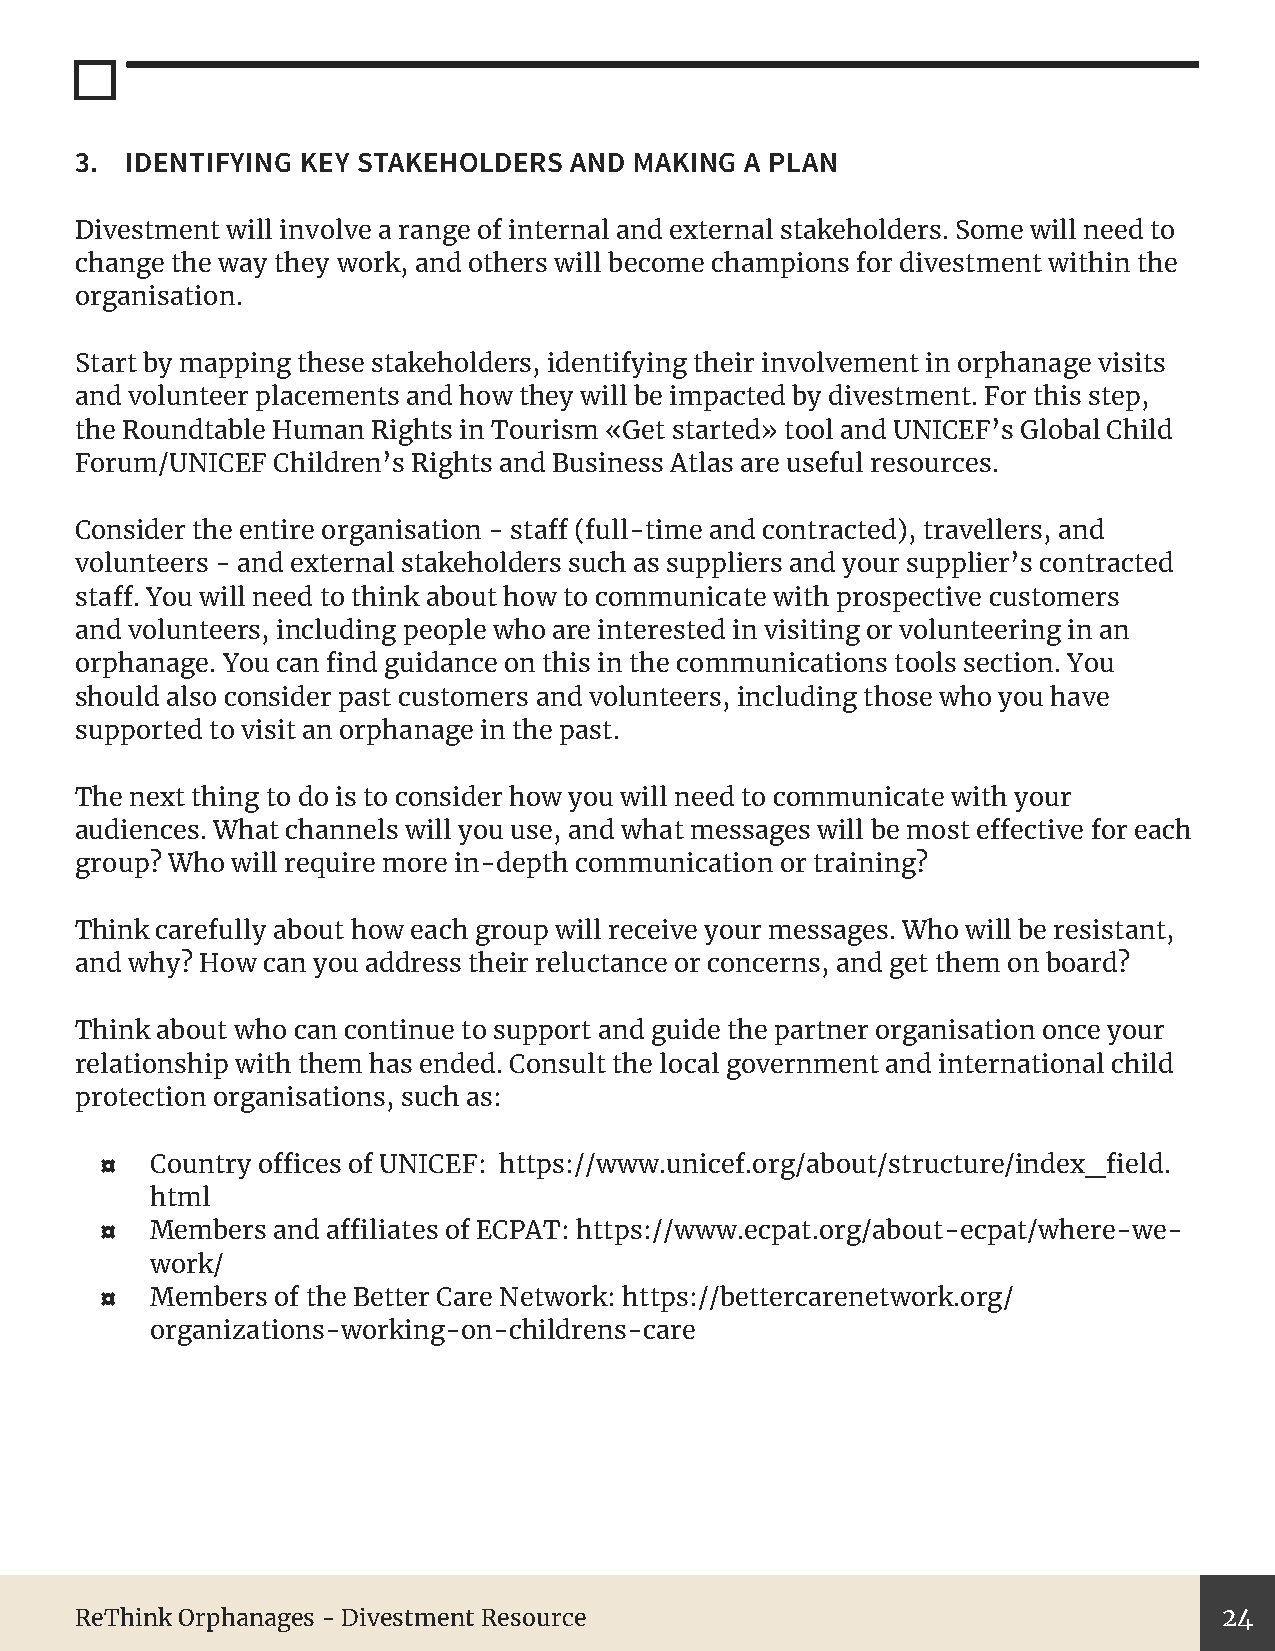
3. IDENTIFYING KEY STAKEHOLDERS  AND MAKING A PLAN
 Divestment will involve a range of internal and external stakeholders. Some will need to
 change the way they work, and others will become champions for divestment within the
 organisation.
 Start by mapping these stakeholders, identifying their involvement in orphanage visits
 and volunteer placements and how they will be impacted by divestment. For this step,
 the Roundtable Human Rights in Tourism «Get started» tool and UNICEF’s Global Child
 Forum/UNICEF Children’s Rights and Business Atlas are useful resources.
 Consider the entire organisation - staff (full-time and contracted), travellers, and
 volunteers - and external stakeholders such as suppliers and your supplier’s contracted
 staff. You will need to think about how to communicate with prospective customers
 and volunteers, including people who are interested in visiting or volunteering in an
 orphanage. You can find guidance on this in the communications tools section. You
 should also consider past customers and volunteers, including those who you have
 supported to visit an orphanage in the past.
 The next thing to do is to consider how you will need to communicate with your
 audiences. What channels will you use, and what messages will be most effective for each
 group? Who will require more in-depth communication or training?
 Think carefully about how each group will receive your messages. Who will be resistant,
 and why? How can you address their reluctance or concerns, and get them on board?
 Think about who can continue to support and guide the partner organisation once your
 relationship with them has ended. Consult the local government and international child
 protection organisations, such as:
 ¤  Country offices of UNICEF: https://www.unicef.org/about/structure/index_field.
 html
 ¤  Members and affiliates of ECPAT: https://www.ecpat.org/about-ecpat/where-we-
 work/
 ¤  Members of the Better Care Network: https://bettercarenetwork.org/
 organizations-working-on-childrens-care
 ReThink Orphanages - Divestment Resource                                    24